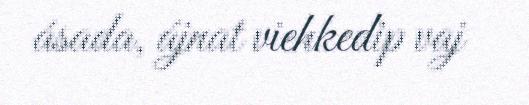
ásada, ájnat viehkedip vaj